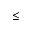
\le